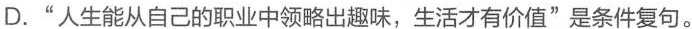
D."人生能从自己的职业中领略出趣味，生活才有价值"是条件复句。